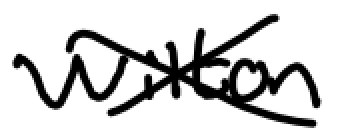
Text: Wilton
Cross-out: cross
Writing tool: digital_black